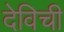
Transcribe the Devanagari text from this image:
देविची